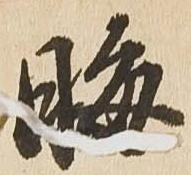
晦